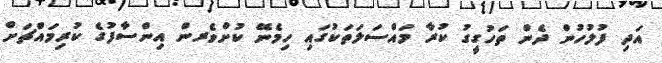
އަދި ފުލުހުން ދެން ތަހުގީގު ކުރާ މައްސަލަތަކުގައި ހިމެނޭ ކުށްވެރން އިންސާފުގެ ކުރިމައްޗަށް